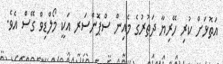
އަތޮޅަށް ކުރި ހޭރިޔާ ދަތުރުގެ މެއިން ސްޕޮންސަރ އަކީ މޯލްޑިވް ގޭސް އެވެ.